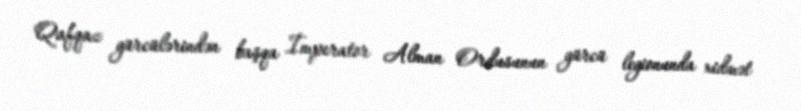
Qafqaz gürcülərindən başqa İmperator Alman Ordusunun gürcü legionunda xidmət